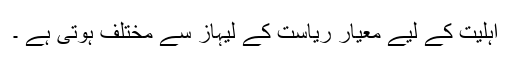
اہلیت کے لیے معیار ریاست کے لیہاز سے مختلف ہوتی ہے ۔